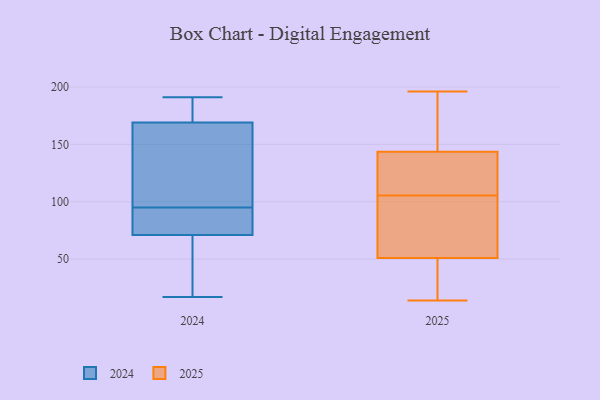
{"axis": {"x": "Satisfaction Score", "y": "Value"}, "legend": ["2024", "2025"], "data": [{"x": "", "y": 56, "type": "2025"}, {"x": "", "y": 92, "type": "2025"}, {"x": "", "y": 104, "type": "2025"}, {"x": "", "y": 107, "type": "2025"}, {"x": "", "y": 145, "type": "2025"}, {"x": "", "y": 100, "type": "2025"}, {"x": "", "y": 164, "type": "2025"}, {"x": "", "y": 142, "type": "2025"}, {"x": "", "y": 32, "type": "2025"}, {"x": "", "y": 46, "type": "2025"}, {"x": "", "y": 172, "type": "2025"}, {"x": "", "y": 127, "type": "2025"}, {"x": "", "y": 14, "type": "2025"}, {"x": "", "y": 17, "type": "2025"}, {"x": "", "y": 109, "type": "2025"}, {"x": "", "y": 196, "type": "2025"}, {"x": "", "y": 55, "type": "2024"}, {"x": "", "y": 71, "type": "2024"}, {"x": "", "y": 100, "type": "2024"}, {"x": "", "y": 17, "type": "2024"}, {"x": "", "y": 97, "type": "2024"}, {"x": "", "y": 190, "type": "2024"}, {"x": "", "y": 191, "type": "2024"}, {"x": "", "y": 74, "type": "2024"}, {"x": "", "y": 169, "type": "2024"}, {"x": "", "y": 48, "type": "2024"}, {"x": "", "y": 93, "type": "2024"}, {"x": "", "y": 84, "type": "2024"}, {"x": "", "y": 141, "type": "2024"}, {"x": "", "y": 172, "type": "2024"}]}